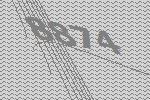
8874